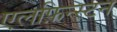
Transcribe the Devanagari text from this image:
एलफ़िन्स्टन